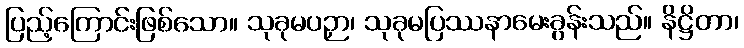
ပြည့်ကြောင်းဖြစ်သော။ သုခုမပဉှာ၊ သုခုမပြဿနာမေးခွန်းသည်။ နိဋ္ဌိတာ၊